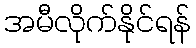
အမီလိုက်နိုင်ရန်